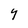
Character: Y